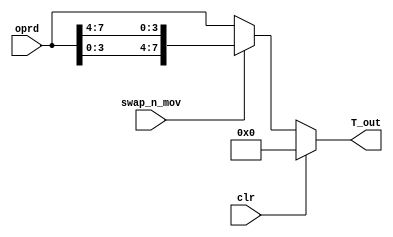
`timescale 1ns / 1ps
//////////////////////////////////////////////////////////////////////////////////
// Company: 
// 
// Design Name: 
// Module Name: Throu8
// Project Name: 
// Target Devices: 
// Tool Versions: 
// Description: 
// 
// Dependencies: 
// 
// Revision:
// Revision 0.01 - File Created
// Additional Comments:
// 
//////////////////////////////////////////////////////////////////////////////////


module Throu8(
    input   [7:0]   oprd,
    input           clr,                // 0x00 ->  T_ou
    input           swap_n_mov,         // 0: oprd -> T_out ; 1: {oprd[3:0], oprd[7:4]} -> T_out
    output  [7:0]   T_out
    );
    
    assign T_out = clr ? 8'h00: (swap_n_mov ? {oprd[3:0], oprd[7:4]} : oprd);
    
endmodule